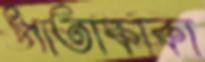
পাতাকাকা